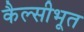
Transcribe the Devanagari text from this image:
कैल्सीभूत